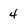
Character: 4